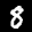
Label: 8